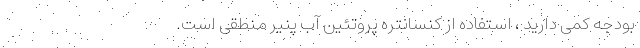
بودجه کمی دارید ، استفاده از کنسانتره پروتئین آب پنیر منطقی است.